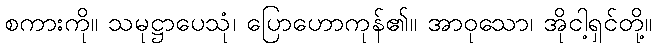
စကားကို။ သမုဋ္ဌာပေသုံ၊ ပြောဟောကုန်၏။ အာဝုသော၊ အိုငါ့ရှင်တို့။